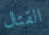
القتال